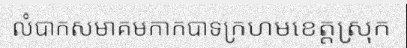
លំបាកសមាគមកាកបាទក្រហមខេត្តស្រុក